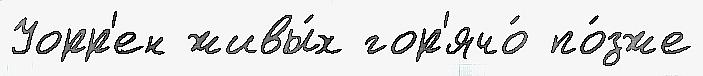
Уорр'ен живы́х гор'ячо́ по́зже